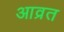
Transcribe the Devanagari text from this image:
आव्रत